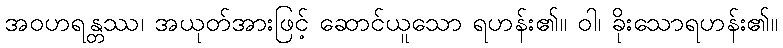
အဝဟရန္တဿ၊ အယုတ်အားဖြင့် ဆောင်ယူသော ရဟန်း၏။ ဝါ၊ ခိုးသောရဟန်း၏။